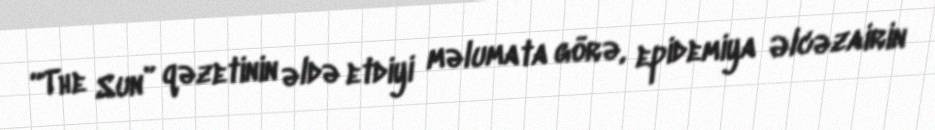
“The Sun” qəzetinin əldə etdiyi məlumata görə, epidemiya Əlcəzairin